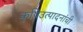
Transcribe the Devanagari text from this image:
कृषिउत्पादनांची